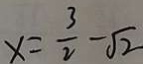
x = \frac { 3 } { 2 } - \sqrt { 2 }